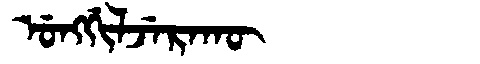
Manchu: ᡠᠩᡤᡳᠯᠵᡝᡵᠠᡴᡡ
Romanization: UNGGILJERAKŪ